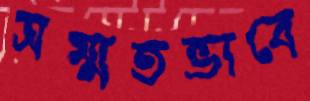
সম্মতভাবে